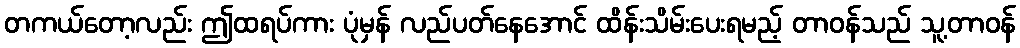
တကယ်တော့လည်း ဤထရပ်ကား ပုံမှန် လည်ပတ်နေအောင် ထိန်းသိမ်းပေးရမည့် တာဝန်သည် သူ့တာဝန်